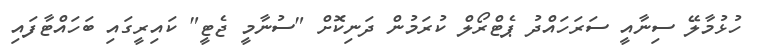
ހުޅުމާލޭ ސިނާއީ ސަރަހައްދު ޕެޓްރޯލް ކުރަމުން ދަނިކޮށް "ސުނާމީ ޖެޓީ" ކައިރީގައި ބަހައްޓާފައި